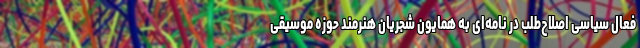
فعال سیاسی اصلاح‌طلب در نامه‌ای به همایون شجریان هنرمند حوزه موسیقی